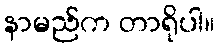
နာမည်က တာရိုပါ။